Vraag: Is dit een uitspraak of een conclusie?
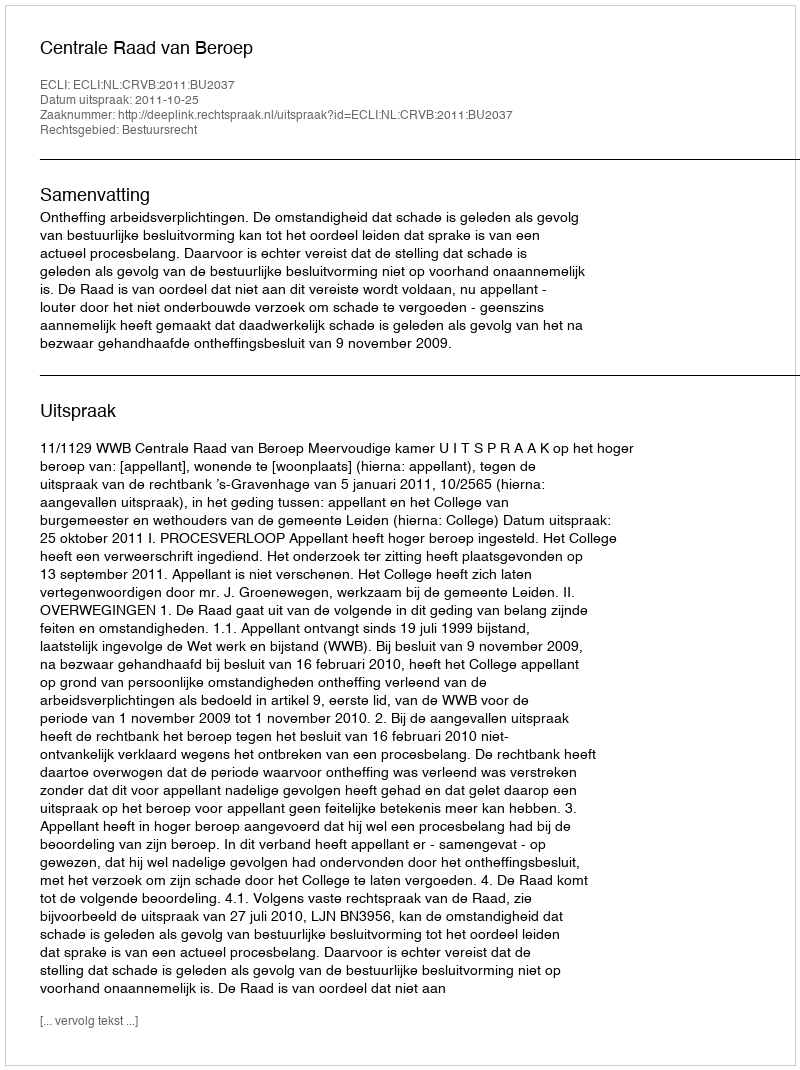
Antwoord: Uitspraak